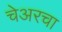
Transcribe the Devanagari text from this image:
चेअरचा